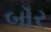
બૉર